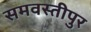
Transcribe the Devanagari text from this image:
समवस्तीपुर